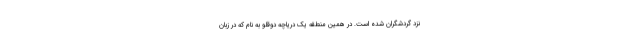
نزد گردشگران شده است. در همین منطقه یک دریاچه دوقلو به نام که در زبان